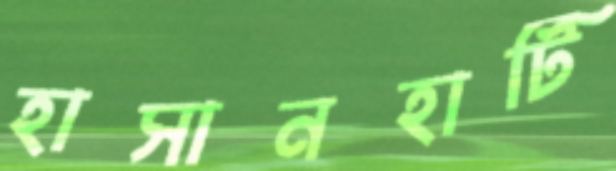
হাসানহাটি